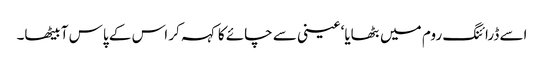
اسے ڈرائنگ روم میں بٹھایا‘ عینی سے چائے کا کہہ کر اس کے پاس آ بیٹھا۔